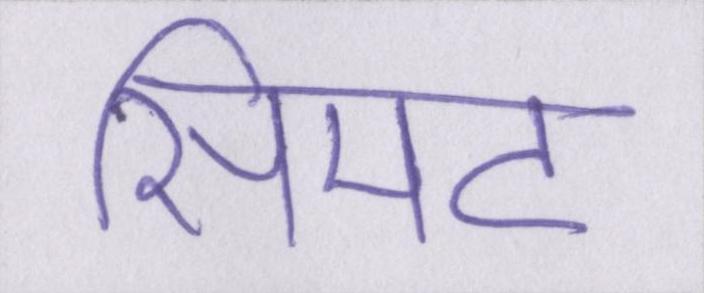
सिमट